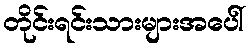
တိုင်းရင်းသားများအပေါ်